Sanitation, dispensaries and jails vaccination Rajputana 1922-1927 - 1922-1927
Year: 1922
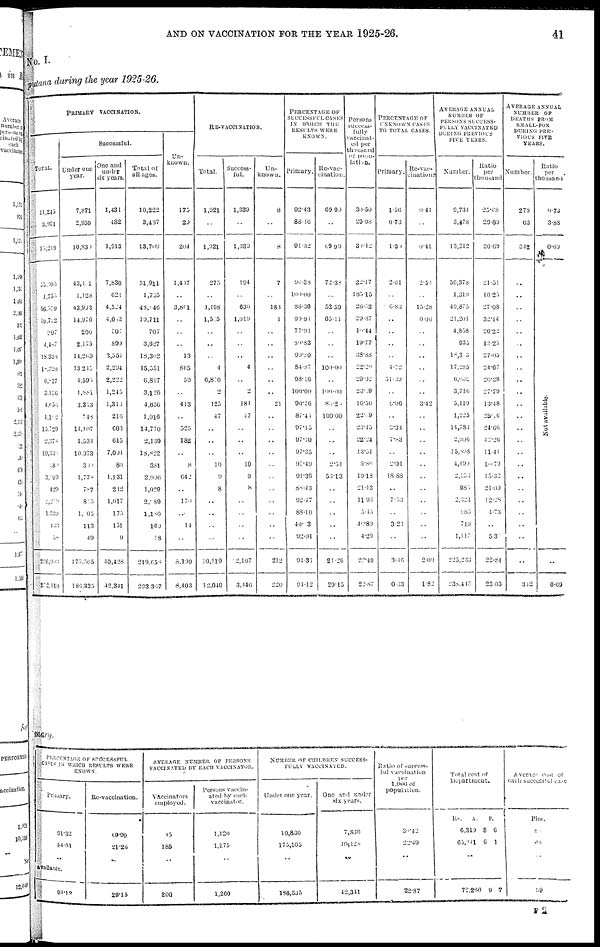
AND ON VACCINATION FOR THE YEAR 1925-26.
41
No. 1.
putana during the year 1925-26.
PRIMARY VACCINATION.
TOTAL.
11,245
3,971
15,216
55,306
1,755
56,359
19,722
907
4,487
l8,338
18,320
6,817
3,126
4,656
1,102
15,729
2,378
19,339
3, 84
3,299
429
2,229
1,339
433
58
236,903
272,119
Successful.
Under one
year.
7,871
2,959
10,830
43,401
1,128
43,903
14,076
200
2,175
14,209
13245
4,595
1 ,881
3,343
748
14,107
1,534
10,973
300
1,778
787
845
1,005
113
49
175,505
186,335
One and
under
six years.
1,431
482
1,913
7,830
621
4,524
4,063
507
899
3,557
2,294
2,222
1,245
1,313
210
603
615
7,004
80
1,131
212
1,017
175
131
9
10,428
42,341
Total of
all ages.
10,222
3,487
13,700
51,911
1,755
48,846
19,711
707
3,027
18,302
15,551
6,817
3,120
4,656
1,016
14,770
2,139
18,822
381
2,996
1,029
2,889
1,180
160
58
219,058
233,367
Un-
known.
175
20
204
1,447
..
3,861
..
..
..
13
805
59
..
413
..
525
182
..
8
642
..
170
..
14
..
8,199
8,403
RE-VACCINATION.
Total.
1,921
..
1,021
275
..
1,198
1,545
..
..
..
4
6,876
2
125
47
..
..
..
10
9
8
..
..
..
..
10,119
12,040
Success-
ful.
1,339
..
1,330
194
..
630
1,019
..
..
..
4
..
2
184
47
..
..
..
10
9
8
..
..
..
..
12,107
3,446
Un-
known.
8
..
8
7
183
1
..
..
..
..
..
..
21
..
..
..
..
..
..
..
..
..
..
..
212
220
PERCENTAGE OF
SUCCESSFUL CASES
IN WHICH THE
RESULTS WERE
KNOWN.
Primary.
92.43
88.16
91.32
96.38
100.00
86.36
99.94
77.91
30.83
99.80
84.87
93.16
100.00
90.26
87.41
97.15
97.10
97.35
97.40
91.36
88.43
92.17
88.10
40.33
92.91
91.31
91.12
Re-vac-
cination.
69.99
..
69.99
72.38
..
52.59
65.11
..
..
..
100.00
..
100.00
85.20
100.00
..
..
..
2.51
53.13
..
..
..
..
..
21.26
29.15
Persons
success-
fully
vaccinat-
ed per
thousand
of papu-
lation.
30.50
29.98
30.12
22.17
185.15
26.32
29.87
10.44
19.77
38.88
22.20
29.02
23.39
16.56
22.69
23.45
22.24
13.51
5.80
19.18
21.13
11. 93
5.45
40.89
4.29
22.49
22.87
PERCENTAGE OF
UNKNOWN CASES
TO TOTAL CASES.
Primary.
1.56
0.73
1.30
2.61
..
6.83
..
..
..
..
4.72
51.39
..
8.06
..
3.31
7.83
..
2.01
18.88
..
7 .53
..
3.23
..
3.46
0.33
Re-vac-
cinations
0.41
..
0.41
2.51
..
15.28
0.06
..
..
..
..
..
..
3.42
....
..
..
..
..
..
..
..
..
..
..
2.00
1.82
AVERAGE ANNUAL
NUMBER OF
PERSONS SUCCESS-
FULLY VACCINATED
DURING PREVIOUS
FIVE YEARS.
Number.
9,734
3,478
13,212
50,378
1,319
40,875
21,201
4,858
935
18,303
17,285
6,062
3,716
5,119
1,225
14,783
2,006
15,898
4,1991
2,156
985.
2,324
5,83
719
1,117
225,233
235,415
Ratio
per
thousand
25.68
20.80
20.69
21.51
10.25
27.08
32.14
20.22
13.25
37.05
24.67
20.38
27.79
13.48
25.46
24.66
42.26
11.41
19.79
15.32
21.09
12.28
4.73
..
5.3
22.84
23.03
AVERAGE ANNUAL
NUMBER
OF
DEATHS FROM
SMALL-POX
DURING PRE-
VIOUS FIVE
YEARS.
Number.
279
63
312
..
..
..
..
..
..
..
..
..
..
..
..
. .
..
..
..
..
..
..
..
..
..
..
342
Ratio
per
thousand
0.73
3.88
0.69
Not available.
..
0.69
mary.
PERCENTAGE OF SUCCESSFUL
CASES IN WHICH RESULTS WERE
KNOWS.
Primary.
91.32
94.31
..
available.
94.12
Re-vaccination.
69.99
21.26
..
29.15
AVERAGE NUMBER OF PERSONS
VACCINATED BY EACH VACCINATOR.
Vaccinators
employed.
15
185
..
200
Persons varcin-
ated by each
vaccinator.
1,120
1,275
..
1,260
NUMBER OF CHILDREN SUCCESS-
FULLY VACCINATED.
Under one year.
10,830
175,505
186,335
One and under
six years.
7,830
410, 428
..
42,341
Ratio of success-
ful vaccination
per
1,000 of
population.
33.42
22.40
..
22.87
Total cost, of
Department.
Rs.
6,319
65,941
A.
8
6
P.
6
1
..
72,260 9 7
Average
cost of
each successful case
Pies.
80
68
..
59
F 2